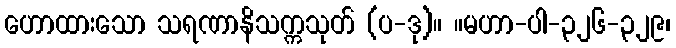
ဟောထားသော သရဏာနိသက္ကသုတ် (ပ-ဒု)။ ။မဟာ-ပါ-၃၂၆-၃၂၉၊